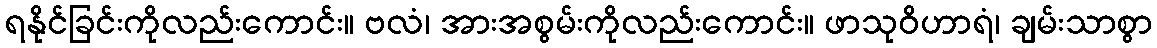
ရနိုင်ခြင်းကိုလည်းကောင်း။ ဗလံ၊ အားအစွမ်းကိုလည်းကောင်း။ ဖာသုဝိဟာရံ၊ ချမ်းသာစွာ